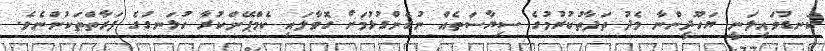
ކަނޑުވައިލަނީ ޔަހޫދީންނާ މެދު ތަފާތުކުރުމުގެ ސިޔާސަތެއް ނުގެންގުޅުމަށް ގޮވާލައި ކެމްޕޭންކުރާ ހުޅަނގުގެ ފަރާތްތަކުންނެވެ.